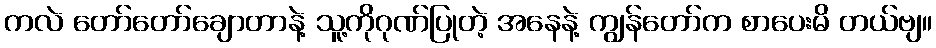
ကလဲ တော်တော်ချောတာနဲ့ သူ့ကိုဂုဏ်ပြုတဲ့ အနေနဲ့ ကျွန်တော်က စာပေးမိ တယ်ဗျ။